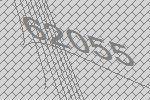
62055